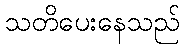
သတိပေးနေသည်